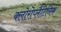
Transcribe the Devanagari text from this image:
क्लोरोप्लैटिनिक